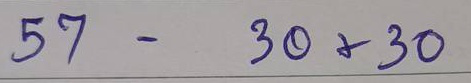
57 - 30x30